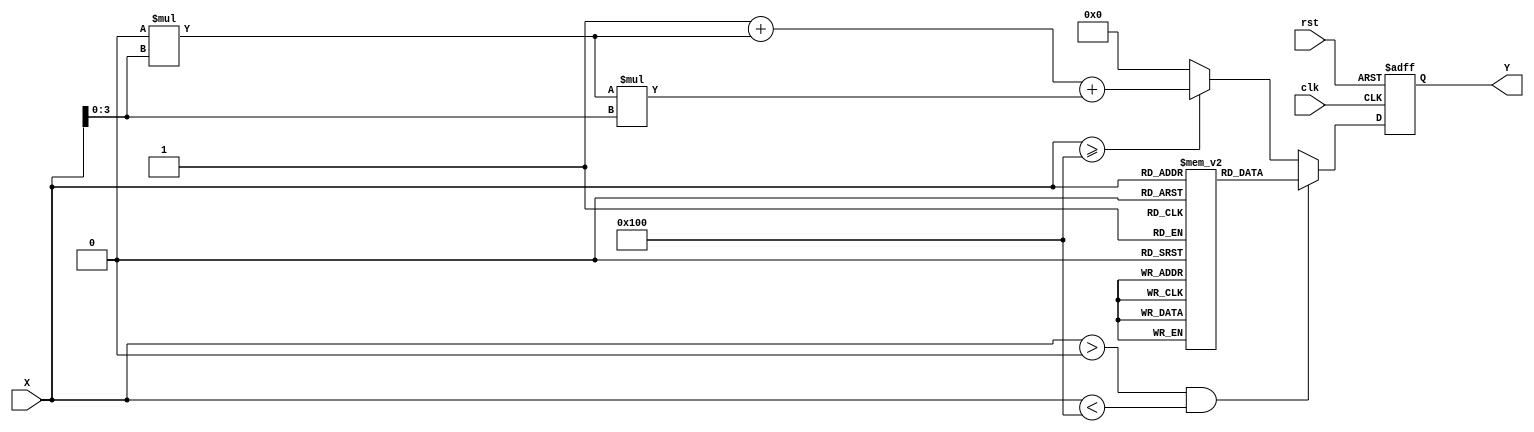
module approx_reciprocal #(
    parameter N = 8, // Input bit width
    parameter M = 4  // Output bit width
)(
    input  wire [N-1:0] X, // Input value (positive integer)
    output reg  [M-1:0] Y, // Approximate reciprocal output
    input  wire clk,        // Clock signal
    input  wire rst         // Reset signal
);

    // Lookup table for precomputed reciprocal values
    reg [M-1:0] lut [0:255]; // LUT for 8-bit input, 4-bit output
    initial begin
        // Populate the LUT with approximate reciprocal values
        // Example values for 1/X for X = 1 to 16 (scaled for M bits)
        lut[1]  = 4'b0001; // 1/1 = 1
        lut[2]  = 4'b0000; // 1/2 = 0.5 (approx 0)
        lut[3]  = 4'b0010; // 1/3  0.333 (approx 0.5)
        lut[4]  = 4'b0010; // 1/4 = 0.25 (approx 0.25)
        lut[5]  = 4'b0011; // 1/5 = 0.2 (approx 0.25)
        lut[6]  = 4'b0011; // 1/6  0.166 (approx 0.25)
        lut[7]  = 4'b0100; // 1/7  0.142 (approx 0.25)
        lut[8]  = 4'b0100; // 1/8 = 0.125 (approx 0.125)
        // Add more values as needed...
        lut[255] = 4'b0000; // 1/255 (very small, approx 0)
    end

    // Polynomial approximation for values not in LUT
    function [M-1:0] poly_approx(input [N-1:0] x);
        // Simple polynomial approximation: 1/X  a + b*X + c*X^2
        // Coefficients can be tuned for better accuracy
        reg [M-1:0] a, b, c;
        begin
            a = 4'b0001; // Example coefficient
            b = 4'b0000; // Example coefficient
            c = 4'b0000; // Example coefficient
            poly_approx = a + (b * x[M-1:0]) + (c * x[M-1:0] * x[M-1:0]);
        end
    endfunction

    always @(posedge clk or posedge rst) begin
        if (rst) begin
            Y <= 0;
        end else begin
            if (X > 0 && X < 256) begin
                // Use LUT for values in range
                Y <= lut[X];
            end else if (X >= 256) begin
                // Use polynomial approximation for larger values
                Y <= poly_approx(X);
            end else begin
                // Handle invalid input (e.g., X = 0)
                Y <= 0; // Output zero for invalid input
            end
        end
    end

endmodule